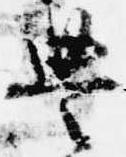
豊